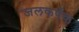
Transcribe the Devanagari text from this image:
जलकर्षक